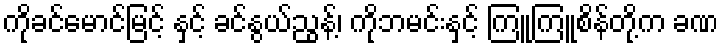
ကိုခင်မောင်မြင့် နှင့် ခင်နွယ်ညွန့်၊ ကိုဘမင်းနှင့် ကြူကြူစိန်တို့က ခဏ